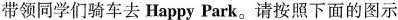
带领同学们骑车去Happy Park。请按照下面的图示